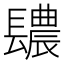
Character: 𨲳